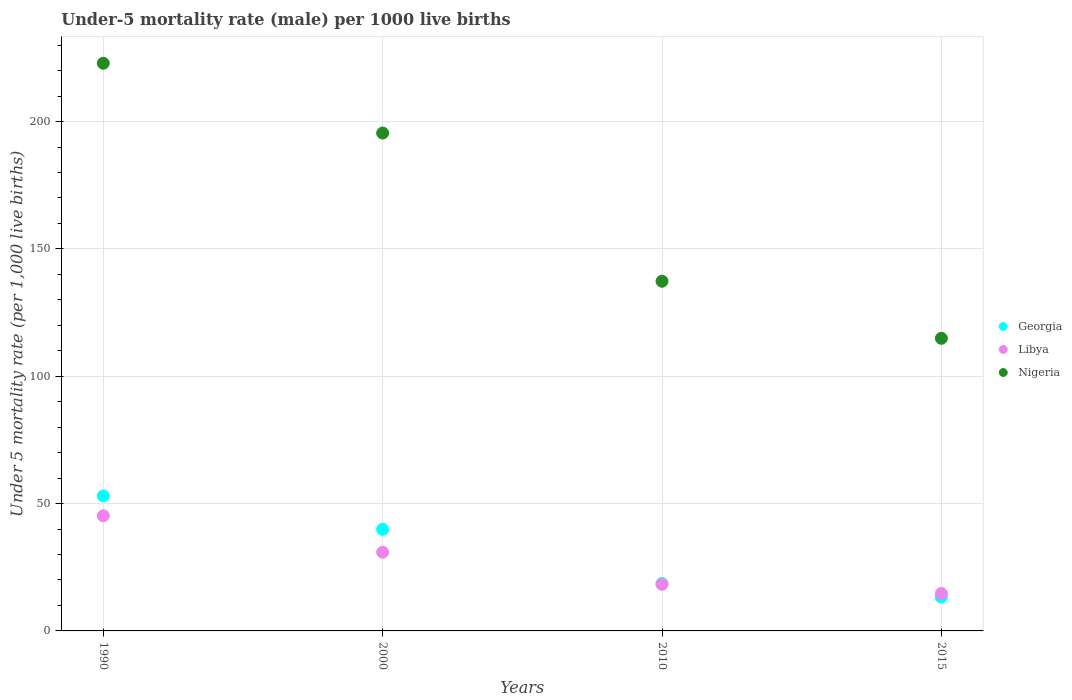
| Years | Georgia | Libya | Nigeria |
 | --- | --- | --- | --- |
 | 1990 | 53 | 45.2 | 223 |
 | 2000 | 39.9 | 30.9 | 196 |
 | 2010 | 18.6 | 18.3 | 137 |
 | 2015 | 13.3 | 14.7 | 115 |